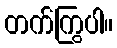
တက်ကြွပါ။